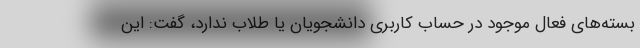
بسته‌های فعال موجود در حساب کاربری دانشجویان یا طلاب ندارد، گفت: این